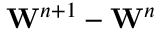
\mathbf { W } ^ { n + 1 } - \mathbf { W } ^ { n }